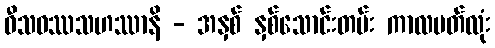
ဝီသဝဿသဟဿာနိ - အနှစ် နှစ်သောင်းတမ်း ကာလပတ်လုံး